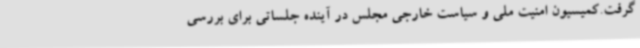
گرفت.کمیسیون امنیت ملی و سیاست خارجی مجلس در آینده جلساتی برای بررسی